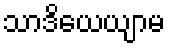
သာဒိယေယျာမ